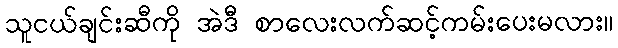
သူငယ်ချင်းဆီကို အဲဒီ စာလေးလက်ဆင့်ကမ်းပေးမလား။